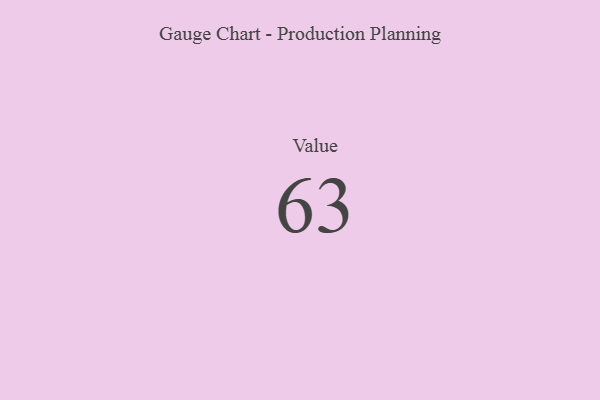
{"axis": {"x": "Metric", "y": "Value"}, "legend": [""], "data": [{"x": "Value", "y": 63, "type": ""}]}